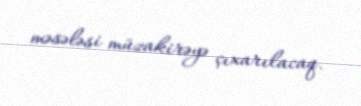
məsələsi müzakirəyə çıxarılacaq.